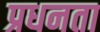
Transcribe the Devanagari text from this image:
प्रधनता